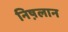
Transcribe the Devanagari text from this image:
निष़लान